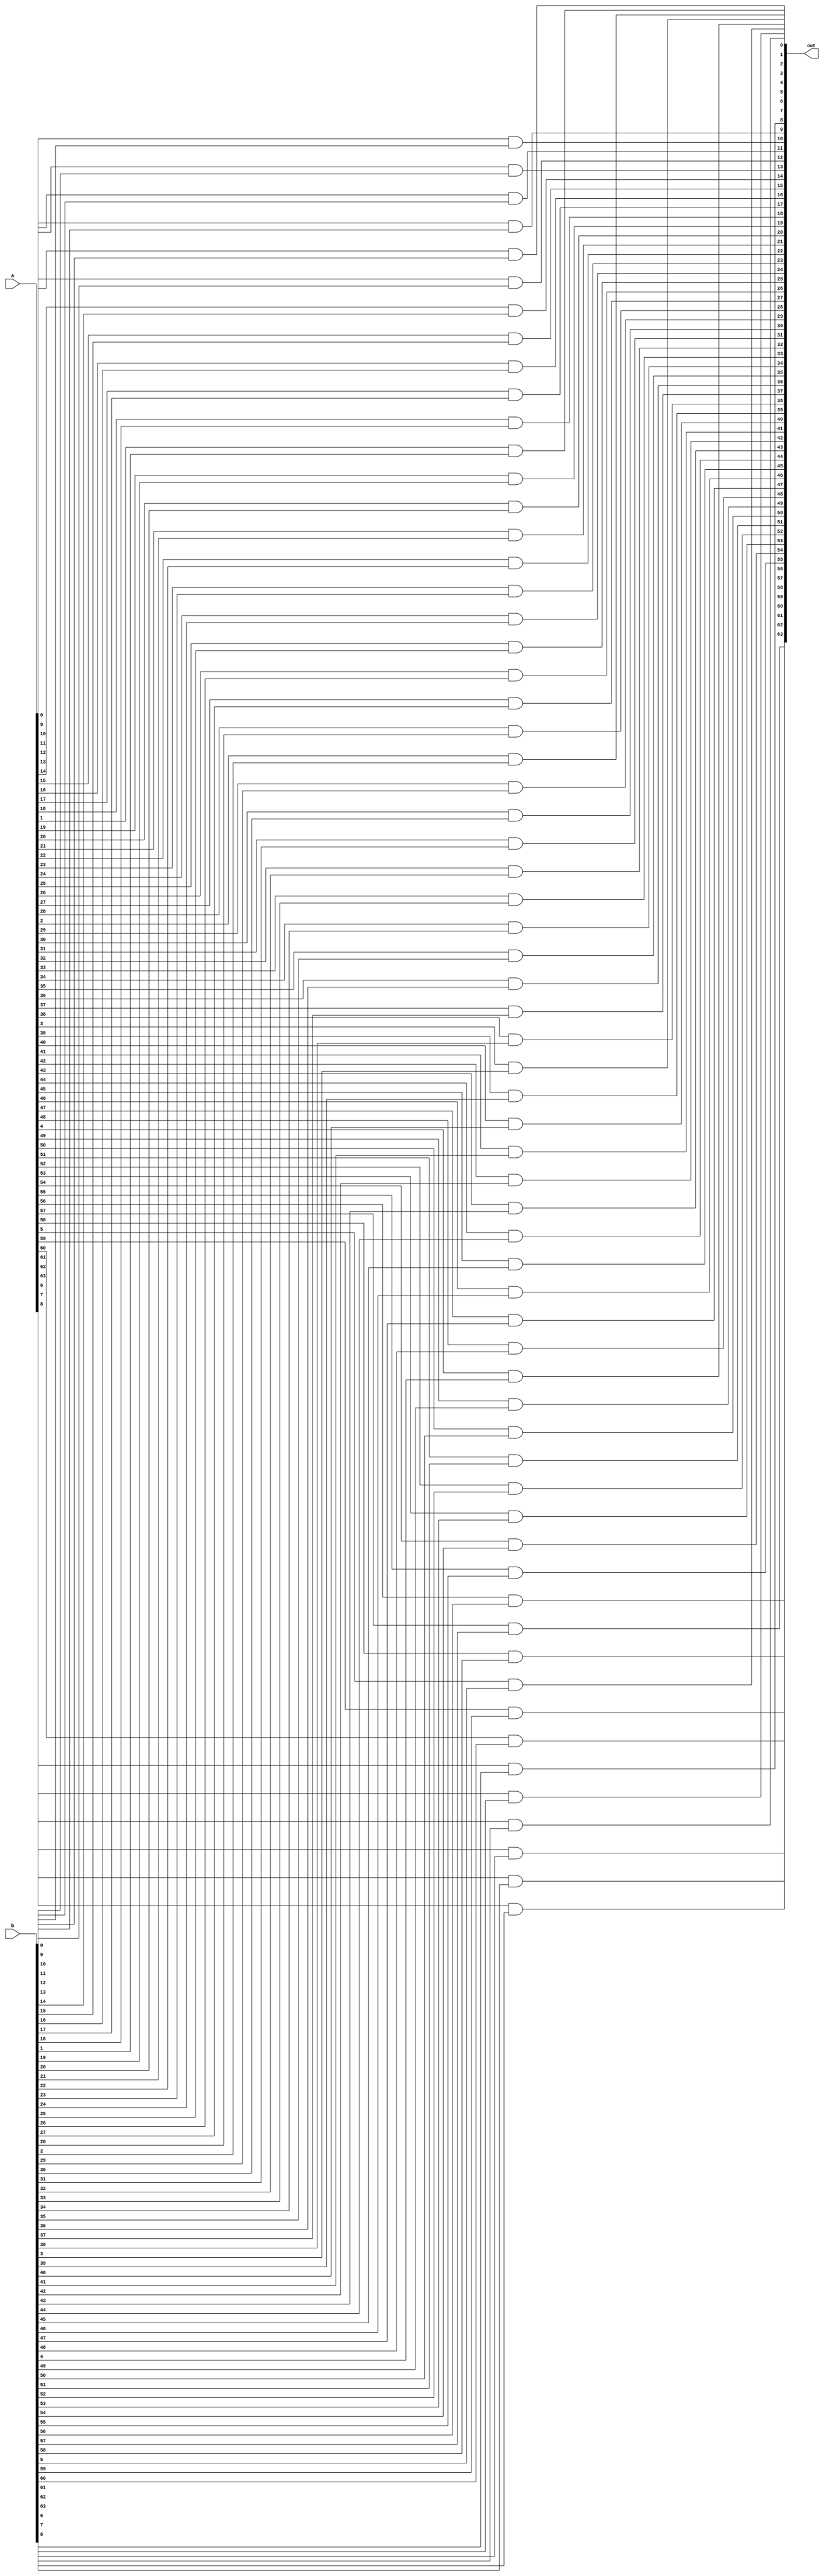
`timescale 1ns/1ps
module and_64_bit(a,b,out);
input signed [63:0]a;
input signed [63:0]b;
output signed [63:0]out;
genvar i;
generate
    for(i=0;i<64;i=i+1)
    begin
        and(out[i],a[i],b[i]);
    end
endgenerate

endmodule